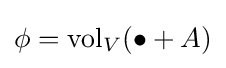
\phi =\operatorname {vol} _{V}(\bullet +A)